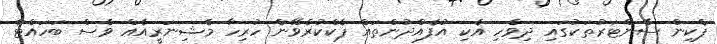
ޕެކިން ސެންޓަރުތަކުގައި ދިވެހި އެކި އުފެއްދުންތައް ޕެކްކުރެވޭނެ ހުރިހާ މެޝިނަރީއެއް ވެސް ބަހައްޓާ